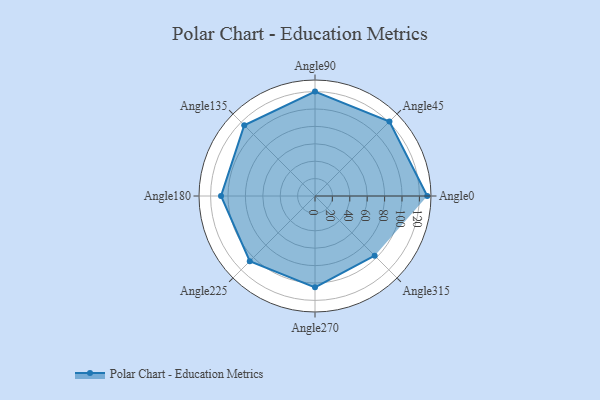
{"axis": {"x": "Angle", "y": "Radius"}, "legend": [""], "data": [{"x": "Angle0", "y": 129.0, "type": ""}, {"x": "Angle45", "y": 121.0, "type": ""}, {"x": "Angle90", "y": 120.0, "type": ""}, {"x": "Angle135", "y": 115.0, "type": ""}, {"x": "Angle180", "y": 108.0, "type": ""}, {"x": "Angle225", "y": 106.0, "type": ""}, {"x": "Angle270", "y": 105.0, "type": ""}, {"x": "Angle315", "y": 97.0, "type": ""}]}